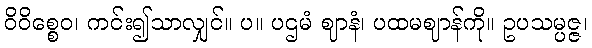
ဝိဝိစ္စေဝ၊ ကင်း၍သာလျှင်။ ပ။ ပဌမံ ဈာနံ၊ ပထမဈာန်ကို။ ဥပသမ္ပဇ္ဇ၊